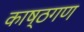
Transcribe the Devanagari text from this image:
काष्ठगण